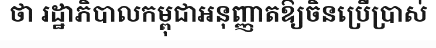
ថា រដ្ឋាភិបាលកម្ពុជាអនុញ្ញាតឱ្យចិនប្រើប្រាស់